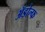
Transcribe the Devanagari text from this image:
ॲडोल्फ